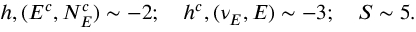
h , ( E ^ { c } , N _ { E } ^ { c } ) \sim - 2 ; ~ ~ ~ h ^ { c } , ( \nu _ { E } , E ) \sim - 3 ; ~ ~ ~ S \sim 5 .